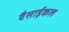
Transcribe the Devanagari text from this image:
वैसाईकल